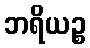
ဘရိယဉ္စ